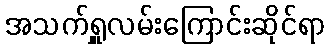
အသက်ရှူလမ်းကြောင်းဆိုင်ရာ